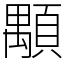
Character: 顒